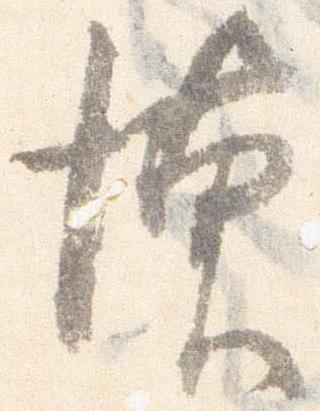
懐